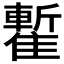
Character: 𩀧